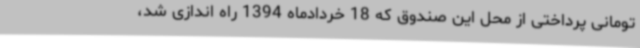
تومانی پرداختی از محل این صندوق که 18 خردادماه 1394 راه اندازی شد،